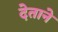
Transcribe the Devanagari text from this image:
देताने